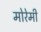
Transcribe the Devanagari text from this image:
मोरेमी